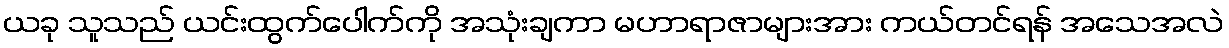
ယခု သူသည် ယင်းထွက်ပေါက်ကို အသုံးချကာ မဟာရာဇာများအား ကယ်တင်ရန် အသေအလဲ